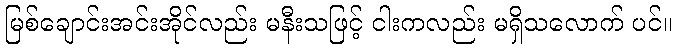
မြစ်ချောင်းအင်းအိုင်လည်း မနီးသဖြင့် ငါးကလည်း မရှိသလောက် ပင်။